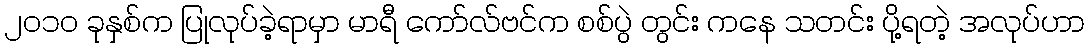
၂၀၁၀ ခုနှစ်က ပြုလုပ်ခဲ့ရာမှာ မာရီ ကော်လ်ဗင်က စစ်ပွဲ တွင်း ကနေ သတင်း ပို့ရတဲ့ အလုပ်ဟာ